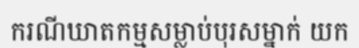
ករណីឃាតកម្មសម្លាប់បុរសម្នាក់ យក